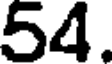
54.